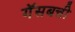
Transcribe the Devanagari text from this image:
गॅसबत्ती